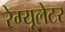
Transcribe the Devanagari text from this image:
रेग्यूलेटर